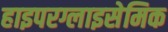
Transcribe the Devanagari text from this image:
हाइपरग्लाइसेमिक